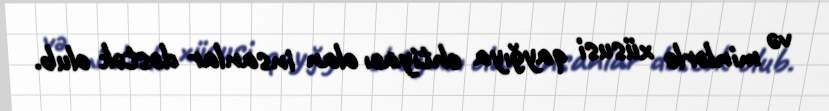
və minlərlə xüsusi qayğıya ehtiyacı olan insanlar dəstək olub.